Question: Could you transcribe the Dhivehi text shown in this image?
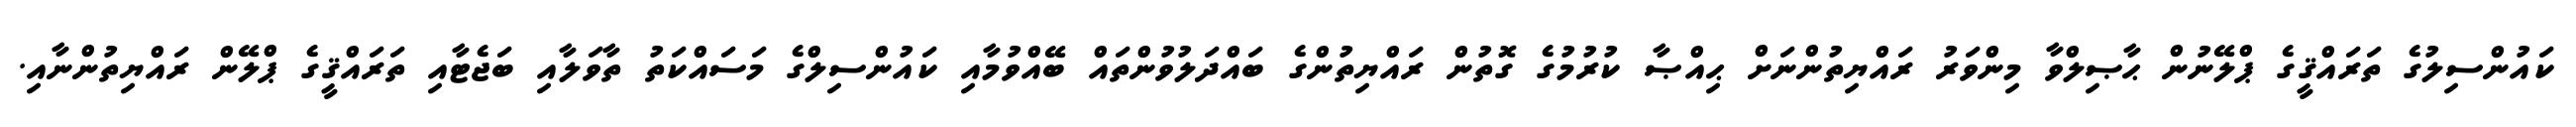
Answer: ކައުންސިލުގެ ތަރައްޤީގެ ޕްލޭނުން ޙާޞިލްވާ މިންވަރު ރައްޔިތުންނަށް ޙިއްޞާ ކުރުމުގެ ގޮތުން ރައްޔިތުންގެ ބައްދަލުވުންތައް ބޭއްވުމާއި ކައުންސިލްގެ މަސައްކަތު ތާވަލާއި ބަޖެޓާއި ތަރައްޤީގެ ޕްލޭން ރައްޔިތުންނާއި.